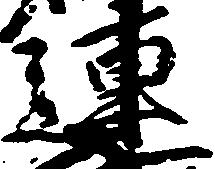
連